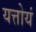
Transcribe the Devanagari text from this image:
यत्तोयं